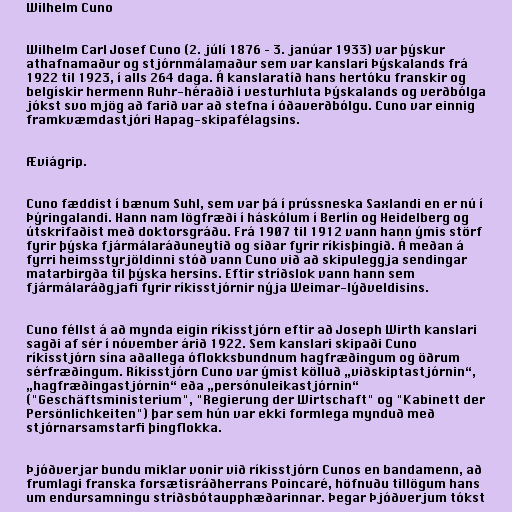
Wilhelm Cuno

Wilhelm Carl Josef Cuno (2. júlí 1876 – 3. janúar 1933) var þýskur
athafnamaður og stjórnmálamaður sem var kanslari Þýskalands frá
1922 til 1923, í alls 264 daga. Á kanslaratíð hans hertóku franskir og
belgískir hermenn Ruhr-héraðið í vesturhluta Þýskalands og verðbólga
jókst svo mjög að farið var að stefna í óðaverðbólgu. Cuno var einnig
framkvæmdastjóri Hapag-skipafélagsins.

Æviágrip.

Cuno fæddist í bænum Suhl, sem var þá í prússneska Saxlandi en er nú í
Þýringalandi. Hann nam lögfræði í háskólum í Berlín og Heidelberg og
útskrifaðist með doktorsgráðu. Frá 1907 til 1912 vann hann ýmis störf
fyrir þýska fjármálaráðuneytið og síðar fyrir ríkisþingið. Á meðan á
fyrri heimsstyrjöldinni stóð vann Cuno við að skipuleggja sendingar
matarbirgða til þýska hersins. Eftir stríðslok vann hann sem
fjármálaráðgjafi fyrir ríkisstjórnir nýja Weimar-lýðveldisins.

Cuno féllst á að mynda eigin ríkisstjórn eftir að Joseph Wirth kanslari
sagði af sér í nóvember árið 1922. Sem kanslari skipaði Cuno
ríkisstjórn sína aðallega óflokksbundnum hagfræðingum og öðrum
sérfræðingum. Ríkisstjórn Cuno var ýmist kölluð „viðskiptastjórnin“,
„hagfræðingastjórnin“ eða „persónuleikastjórnin“
("Geschäftsministerium", "Regierung der Wirtschaft" og "Kabinett der
Persönlichkeiten") þar sem hún var ekki formlega mynduð með
stjórnarsamstarfi þingflokka.

Þjóðverjar bundu miklar vonir við ríkisstjórn Cunos en bandamenn, að
frumlagi franska forsætisráðherrans Poincaré, höfnuðu tillögum hans
um endursamningu stríðsbótaupphæðarinnar. Þegar Þjóðverjum tókst